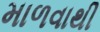
માળવાથી